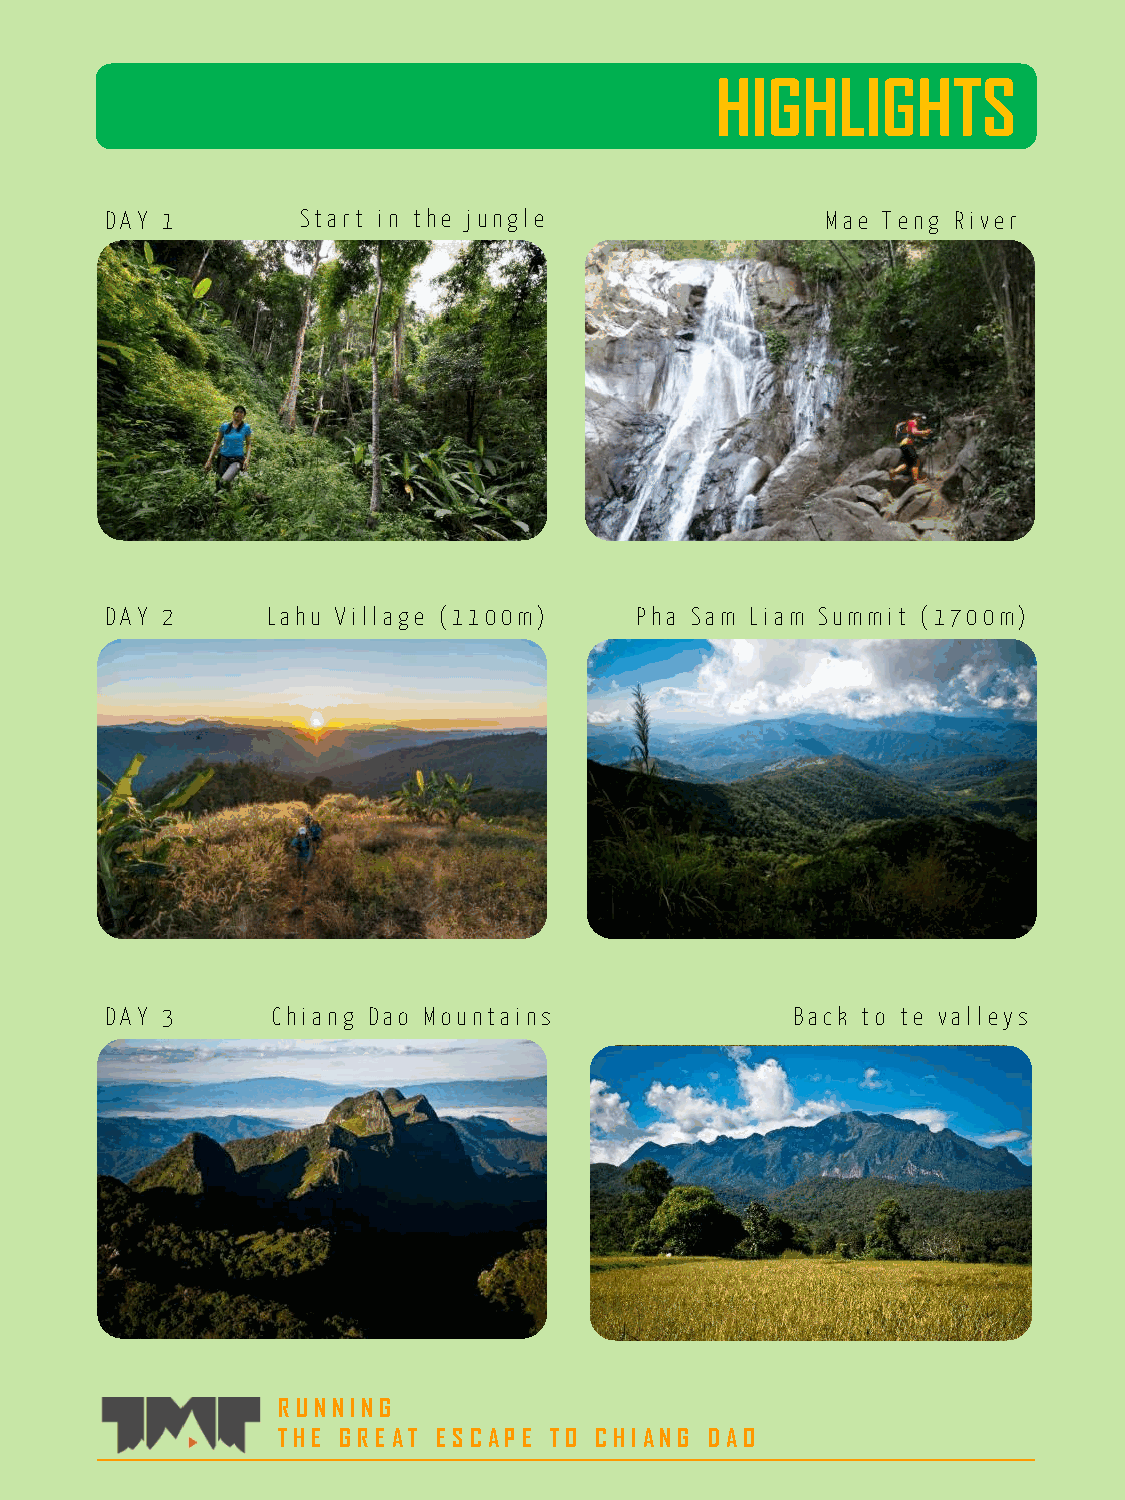
HIGHLIGHTS
 DA Y 1       Sta rt in the j u ngl e            M a e T eng R iver
 DA Y 2     L a hu Vil l a ge (1100m) Pha Sa m L ia m Su m m it (1700m)
 DA Y 3     C hia ng Da o M ou nta ins         B a ck to te va l l eys
 R UNNING
 THE G R E AT E S C AP E TO C HIANG DAO